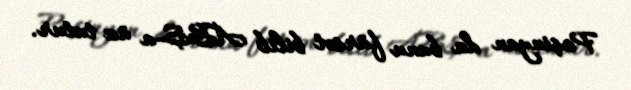
Paşinyan da bunu fürsət bilib ABŞ-a üz tutur.